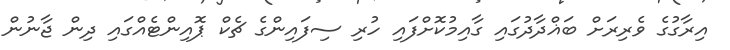
އިރާގުގެ ވެރިރަށް ބަޣްދާދުގައި ގާއިމުކޮށްފައި ހުރި ސިފައިންގެ ޗެކް ޕޮއިންޓެއްގައި ދިން ޖާނުން